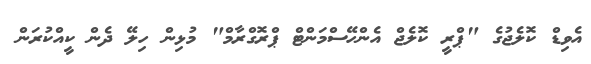
އެވިޑް ކޮލެޖުގެ "ޕްރީ ކޮލެޖް އެންހޭސްމަންޓް ޕްރޮގްރާމް" މުޅިން ހިލޭ ދެން ކީއްކުރަން